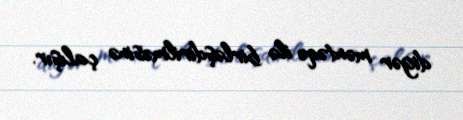
digər məntəqə ilə birləşdirilməsinə çalışır.